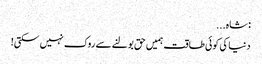
: شاہ...
دنیا کی کوئی طاقت ہمیں حق بولنے سے روک نہیں سکتی!